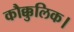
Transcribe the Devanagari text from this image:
कौक्कुलिक।